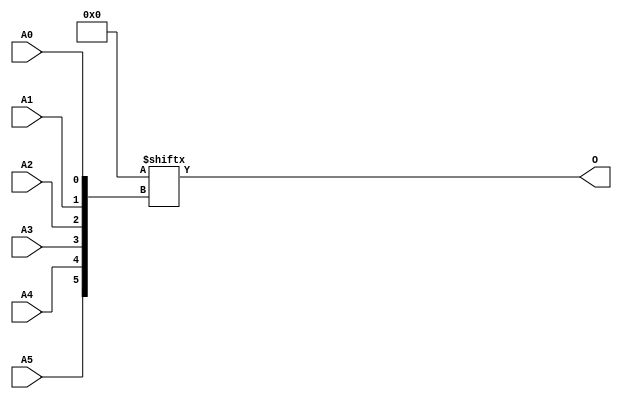
module ROM64X1 (O, A0, A1, A2, A3, A4, A5);

    parameter INIT = 64'h0000000000000000;

    output O;

    input  A0, A1, A2, A3, A4, A5;

    reg [63:0] mem;

    initial 
            mem = INIT;

    assign O = mem[{A5, A4, A3, A2, A1, A0}];


endmodule